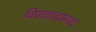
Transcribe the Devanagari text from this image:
विवावादास्पद